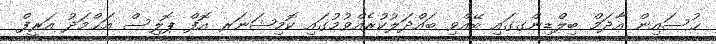
ޙުސައިން އާދަމް ބިލްޑިންގގައި ބޭއްވި ބައްދަލުކުރެއްވުމުގައި ކޮމިޝަނަރ އޮފް ޕޮލިސް އަޙްމަދު އަރީފް